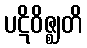
ပဋိဝိဇ္ဈတိ